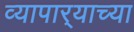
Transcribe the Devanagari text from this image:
व्यापार्‍याच्या